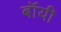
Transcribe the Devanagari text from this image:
बॉंयी